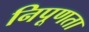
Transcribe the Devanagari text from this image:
निपूणता